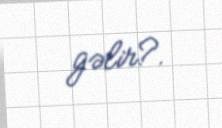
gəlir?.